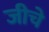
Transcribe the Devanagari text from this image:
जीचे